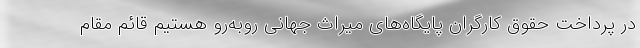
در پرداخت حقوق کارگران پایگاه‌های میراث جهانی روبه‌رو هستیم قائم مقام